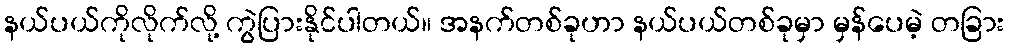
နယ်ပယ်ကိုလိုက်လို့ ကွဲပြားနိုင်ပါတယ်။ အနက်တစ်ခုဟာ နယ်ပယ်တစ်ခုမှာ မှန်ပေမဲ့ တခြား